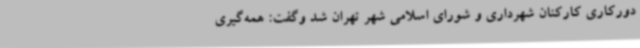
دورکاری کارکنان شهرداری و شورای اسلامی شهر تهران شد وگفت: همه‌گیری